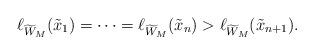
LaTeX: \begin{align*}\ell_{\widetilde W_M}(\tilde x_1) = \cdots=\ell_{\widetilde W_M}(\tilde x_{n})>\ell_{\widetilde W_M}(\tilde x_{n+1}).\end{align*}